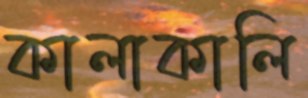
কালাকালি